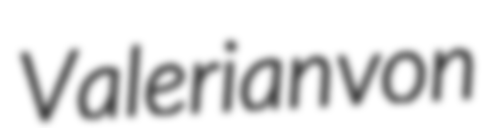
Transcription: Valerian von